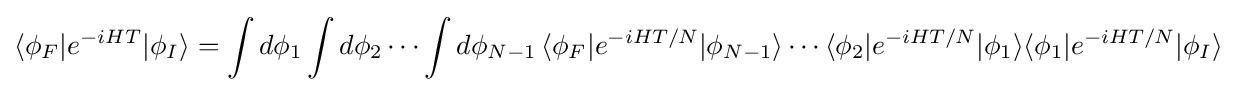
\langle \phi _{F}|e^{-iHT}|\phi _{I}\rangle =\int d\phi _{1}\int d\phi _{2}\cdots \int d\phi _{N-1}\,\langle \phi _{F}|e^{-iHT/N}|\phi _{N-1}\rangle \cdots \langle \phi _{2}|e^{-iHT/N}|\phi _{1}\rangle \langle \phi _{1}|e^{-iHT/N}|\phi _{I}\rangle